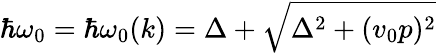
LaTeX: \hbar\omega_{0}=\hbar\omega_{0}(k)=\Delta+\sqrt{\Delta^{2}+(v_{0}p)^{2}}